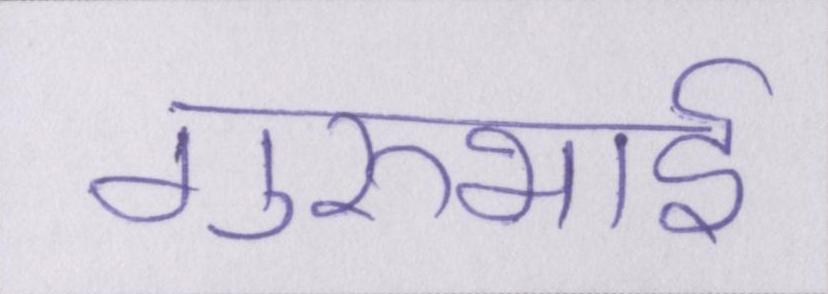
गुरुभाई